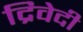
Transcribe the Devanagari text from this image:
द्रिवेदी